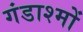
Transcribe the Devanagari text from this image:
गंडाश्मों